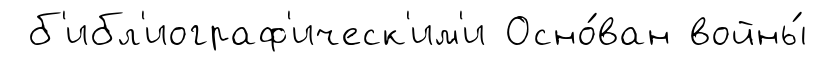
б'ибл'иограф'ическ'им'и Осно́ван войны́